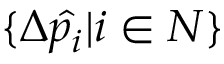
\{ \Delta \hat { p _ { i } } | i \in N \}